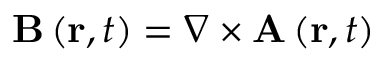
\mathbf { B } \left( \mathbf { r } , t \right) = \nabla \times \mathbf { A } \left( \mathbf { r } , t \right)